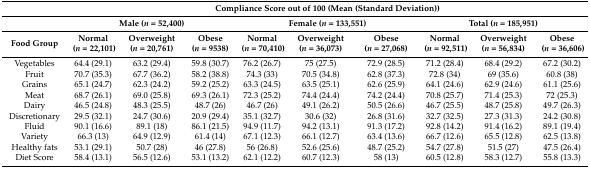
<table><thead><tr><td></td><td colspan="9"><b>Compliance Score out of 100 (Mean (Standard Deviation))</b></td></tr><tr><td></td><td colspan="3"><b>Male (<i>n</i> = 52,400)</b></td><td colspan="3"><b>Female (<i>n</i> = 133,551)</b></td><td colspan="3"><b>Total (<i>n</i> = 185,951)</b></td></tr><tr><td><b>Food Group</b></td><td><b>Normal (<i>n</i> = 22,101)</b></td><td><b>Overweight (<i>n</i> = 20,761)</b></td><td><b>Obese (<i>n</i> = 9538)</b></td><td><b>Normal (<i>n</i> = 70,410)</b></td><td><b>Overweight (<i>n</i> = 36,073)</b></td><td><b>Obese (<i>n</i> = 27,068)</b></td><td><b>Normal (<i>n</i> = 92,511)</b></td><td><b>Overweight (<i>n</i> = 56,834)</b></td><td><b>Obese (<i>n</i> = 36,606)</b></td></tr></thead><tbody><tr><td>Vegetables</td><td>64.4 (29.1)</td><td>63.2 (29.4)</td><td>59.8 (30.7)</td><td>76.2 (26.7)</td><td>75 (27.5)</td><td>72.9 (28.5)</td><td>71.2 (28.4)</td><td>68.4 (29.2)</td><td>67.2 (30.2)</td></tr><tr><td>Fruit</td><td>70.7 (35.3)</td><td>67.7 (36.2)</td><td>58.2 (38.8)</td><td>74.3 (33)</td><td>70.5 (34.8)</td><td>62.8 (37.3)</td><td>72.8 (34)</td><td>69 (35.6)</td><td>60.8 (38)</td></tr><tr><td>Grains</td><td>65.1 (24.7)</td><td>62.3 (24.2)</td><td>59.2 (25.2)</td><td>63.3 (24.5)</td><td>63.5 (25.1)</td><td>62.6 (25.9)</td><td>64.1 (24.6)</td><td>62.9 (24.6)</td><td>61.1 (25.6)</td></tr><tr><td>Meat</td><td>68.7 (26.1)</td><td>69.0 (25.8)</td><td>69.3 (26.1)</td><td>72.3 (25.2)</td><td>74.4 (24.4)</td><td>74.2 (24.4)</td><td>70.8 (25.7)</td><td>71.4 (25.3)</td><td>72 (25.3)</td></tr><tr><td>Dairy</td><td>46.5 (24.8)</td><td>48.3 (25.5)</td><td>48.7 (26)</td><td>46.7 (26)</td><td>49.1 (26.2)</td><td>50.5 (26.6)</td><td>46.7 (25.5)</td><td>48.7 (25.8)</td><td>49.7 (26.3)</td></tr><tr><td>Discretionary</td><td>29.5 (32.1)</td><td>24.7 (30.6)</td><td>20.9 (29.4)</td><td>35.1 (32.7)</td><td>30.6 (32)</td><td>26.8 (31.6)</td><td>32.7 (32.5)</td><td>27.3 (31.3)</td><td>24.2 (30.8)</td></tr><tr><td>Fluid</td><td>90.1 (16.6)</td><td>89.1 (18)</td><td>86.1 (21.5)</td><td>94.9 (11.7)</td><td>94.2 (13.1)</td><td>91.3 (17.2)</td><td>92.8 (14.2)</td><td>91.4 (16.2)</td><td>89.1 (19.4)</td></tr><tr><td>Variety</td><td>66.3 (13)</td><td>64.9 (12.9)</td><td>61.4 (14)</td><td>67.1 (12.3)</td><td>66.1 (12.7)</td><td>63.4 (13.6)</td><td>66.7 (12.6)</td><td>65.5 (12.8)</td><td>62.5 (13.8)</td></tr><tr><td>Healthy fats</td><td>53.1 (29.1)</td><td>50.7 (28)</td><td>46 (27.8)</td><td>56 (26.8)</td><td>52.6 (25.6)</td><td>48.7 (25.2)</td><td>54.7 (27.8)</td><td>51.5 (27)</td><td>47.5 (26.4)</td></tr><tr><td>Diet Score</td><td>58.4 (13.1)</td><td>56.5 (12.6)</td><td>53.1 (13.2)</td><td>62.1 (12.2)</td><td>60.7 (12.3)</td><td>58 (13)</td><td>60.5 (12.8)</td><td>58.3 (12.7)</td><td>55.8 (13.3)</td></tr></tbody></table>